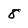
Character: 8